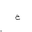
Letter: _ha